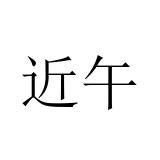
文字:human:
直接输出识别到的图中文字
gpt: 近午